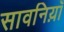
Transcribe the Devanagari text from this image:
सावनिय़ाँ